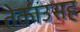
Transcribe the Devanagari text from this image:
तेकाउसह